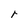
Character: r